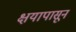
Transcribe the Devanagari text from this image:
क्षयापासून